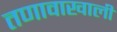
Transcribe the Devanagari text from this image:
तणावाखाली